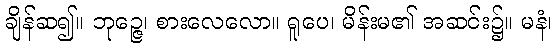
ချိန်ဆ၍။ ဘုဉ္ဇေ၊ စားလေလော။ ရူပေ၊ မိန်းမ၏ အဆင်း၌။ မနံ၊